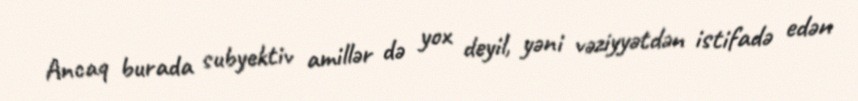
Ancaq burada subyektiv amillər də yox deyil, yəni vəziyyətdən istifadə edən